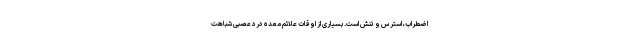
اضطراب، استرس و تنش است. بسیاری از اوقات علائم معده درد عصبی شباهت